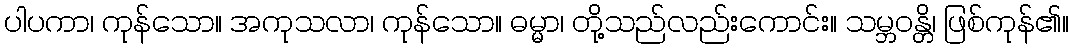
ပါပကာ၊ ကုန်သော။ အကုသလာ၊ ကုန်သော။ ဓမ္မာ၊ တို့သည်လည်းကောင်း။ သမ္ဘဝန္တိ၊ ဖြစ်ကုန်၏။